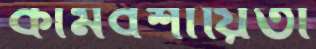
কামবশায়িতা